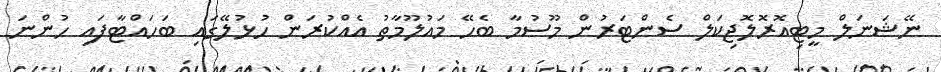
ނޭޝަނަލް މީޓިއޮރޮލޮޖިކަލް ސެންޓަރުން މޫސުމާ ބެހޭ މައުލޫމާތު އެއްކުރަން ހުޅުލޭގައި ބަހައްޓާފައި ހުންނަ